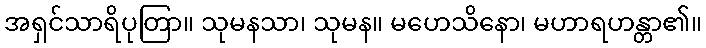
အရှင်သာရိပုတြာ။ သုမနသာ၊ သုမန။ မဟေသိနော၊ မဟာရဟန္တာ၏။